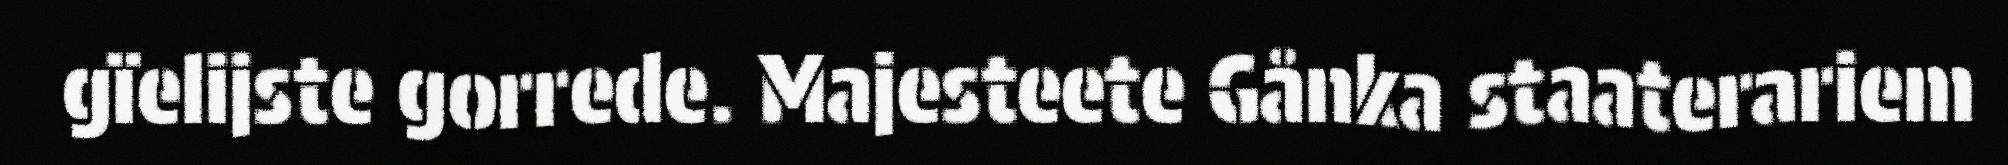
gïelijste gorrede. Majesteete Gånka staaterariem